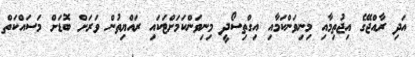
އަދި ރާއްޖޭގެ އިޖުތިމާއި މިނިވަންކަމާއި އިގްތިސޯދީ މިނިވަންކަމަށްޓަކައި ރައްޔިތުން ވަރަށް ބޮޑަށް މަސައްކަތް